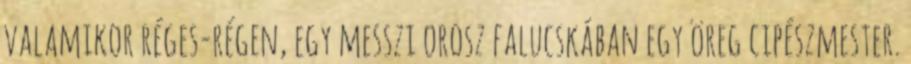
valamikor réges-régen, egy messzi orosz falucskában egy öreg cipészmester.